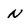
Character: N